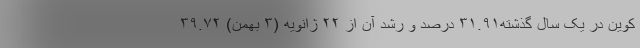
کوین در یک سال گذشته۳۱.۹۱ درصد و رشد آن از ۲۲ ژانویه (۳ بهمن) ۳۹.۷۲